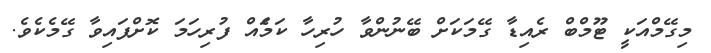
މިގޭމްއަކީ ޓޫމްބް ރެއިޑާ ގޭމަކަށް ބޭނުންވާ ހުރިހާ ކަމަެއް ފުރިހަމަ ކޮށްފައިވާ ގޭމެކެވެ.